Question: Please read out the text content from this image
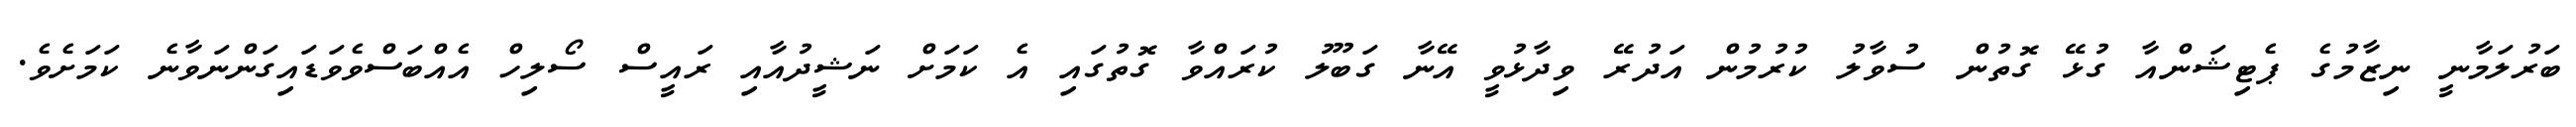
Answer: ބަރުލަމާނީ ނިޒާމުގެ ޕެޓިޝަންއާ ގުޅޭ ގޮތުން ސުވާލު ކުރުމުން އަދުރޭ ވިދާޅުވީ އޭނާ ގަބޫލު ކުރައްވާ ގޮތުގައި އެ ކަމަށް ނަޝީދުއާއި ރައީސް ސޯލިހް އެއްބަސްވެވަޑައިގަންނަވާނެ ކަމަށެވެ.